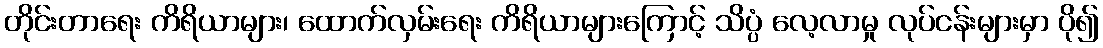
တိုင်းတာရေး ကိရိယာများ၊ ထောက်လှမ်းရေး ကိရိယာများကြောင့် သိပ္ပံ လေ့လာမှု လုပ်ငန်းများမှာ ပို၍